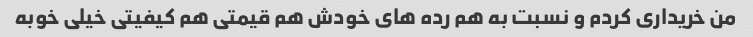
من خریداری کردم و نسبت به هم رده های خودش هم قیمتی هم کیفیتی خیلی خوبه